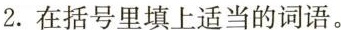
2.在括号里填上适当的词语。